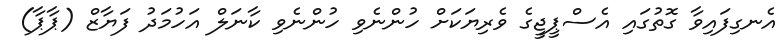
އެނގިފައިވާ ގޮތުގައި އެސްޕީޖީގެ ވެރިޔަކަށް ހުންނެވި ހުންނެވި ކާނަލް އަހުމަދު ފަޔާޒް (ޕާޕާ)